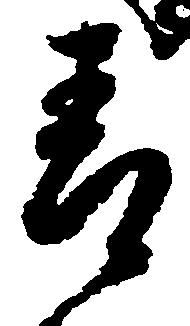
青